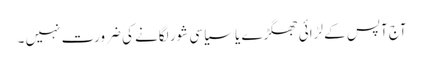
آج آپس کے لڑائی جھگڑے یا سیاسی شور لگانے کی ضرورت نہیں ۔